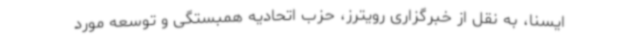
ایسنا، به نقل از خبرگزاری رویترز، حزب اتحادیه همبستگی و توسعه مورد